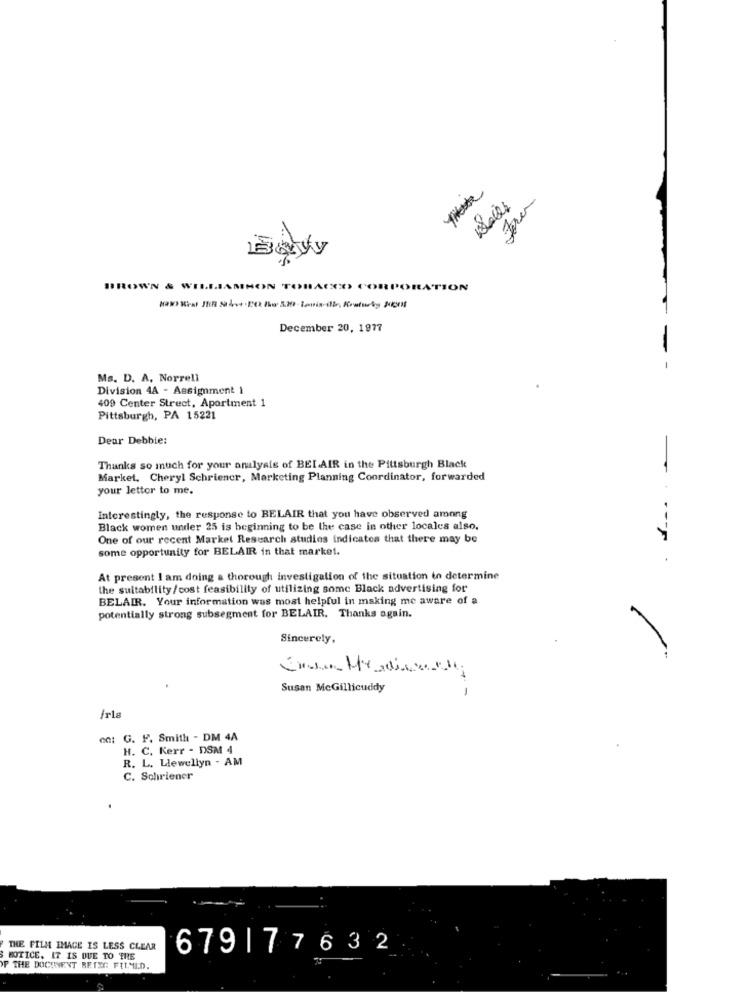
BROWN & WILLIAMHON TOBACCO CORPORATION
December 20, 1977
-
-
Ms. D. A. Norrell
Division 4A - Assignment 1
409 Center Street, Apartment 1
Pittsburgh, PA 15221
Dear Debbie:
Thanks so much for your analysis of BELAIR in the Pittsburgh Black
Market. Cheryl Schriencr, Marketing Planning Coordinator, forwarded
your letter to me.
Interestingly, the response to BELAIR that you have observed among
Black women under 25 is beginning to be the case in other locales also.
One of our recent Market Research studies indicates that there may be
some opportunity for BELAIR in that market.
At present I am doing a thorough investigation of the situation to determine
the suitability/cost feasibility of utilizing some Black advertising for
BELAIR. Your information was most helpful in making me aware of a
potentially strong subsegment for BELAIR. Thanks again.
/
Sincerely,
Susan McGillicuddy
Irla
ce: G. F. Smith - DM 4A
H. C. Kerr - DSM 4
R. L. Llewellyn - AM
C. Schriener
THE FILM IMAGE IS LESS CLEAR
679|77632
SMOTICE. IT IS DUE TO THE
OP THE DOCUMENT BETEG FILMLD.